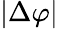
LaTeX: |\Delta\varphi|